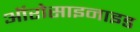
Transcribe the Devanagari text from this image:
ऑरोसाइनाइड